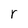
Character: r